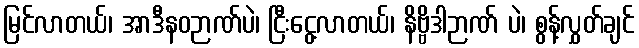
မြင်လာတယ်၊ အာဒီနဝဉာဏ်ပဲ၊ ငြီးငွေ့လာတယ်၊ နိဗ္ဗိဒါဉာဏ် ပဲ၊ စွန့်လွှတ်ချင်